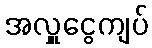
အလှူငွေကျပ်